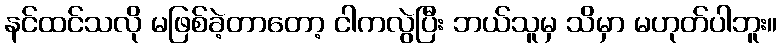
နင်ထင်သလို မဖြစ်ခဲ့တာတော့ ငါကလွဲပြီး ဘယ်သူမှ သိမှာ မဟုတ်ပါဘူး။